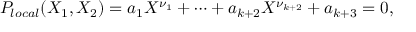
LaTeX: P _ { l o c a l } ( X _ { 1 } , X _ { 2 } ) = a _ { 1 } X ^ { \nu _ { 1 } } + \cdots + a _ { k + 2 } X ^ { \nu _ { k + 2 } } + a _ { k + 3 } = 0 ,